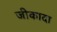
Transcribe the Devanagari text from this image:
जीकादा